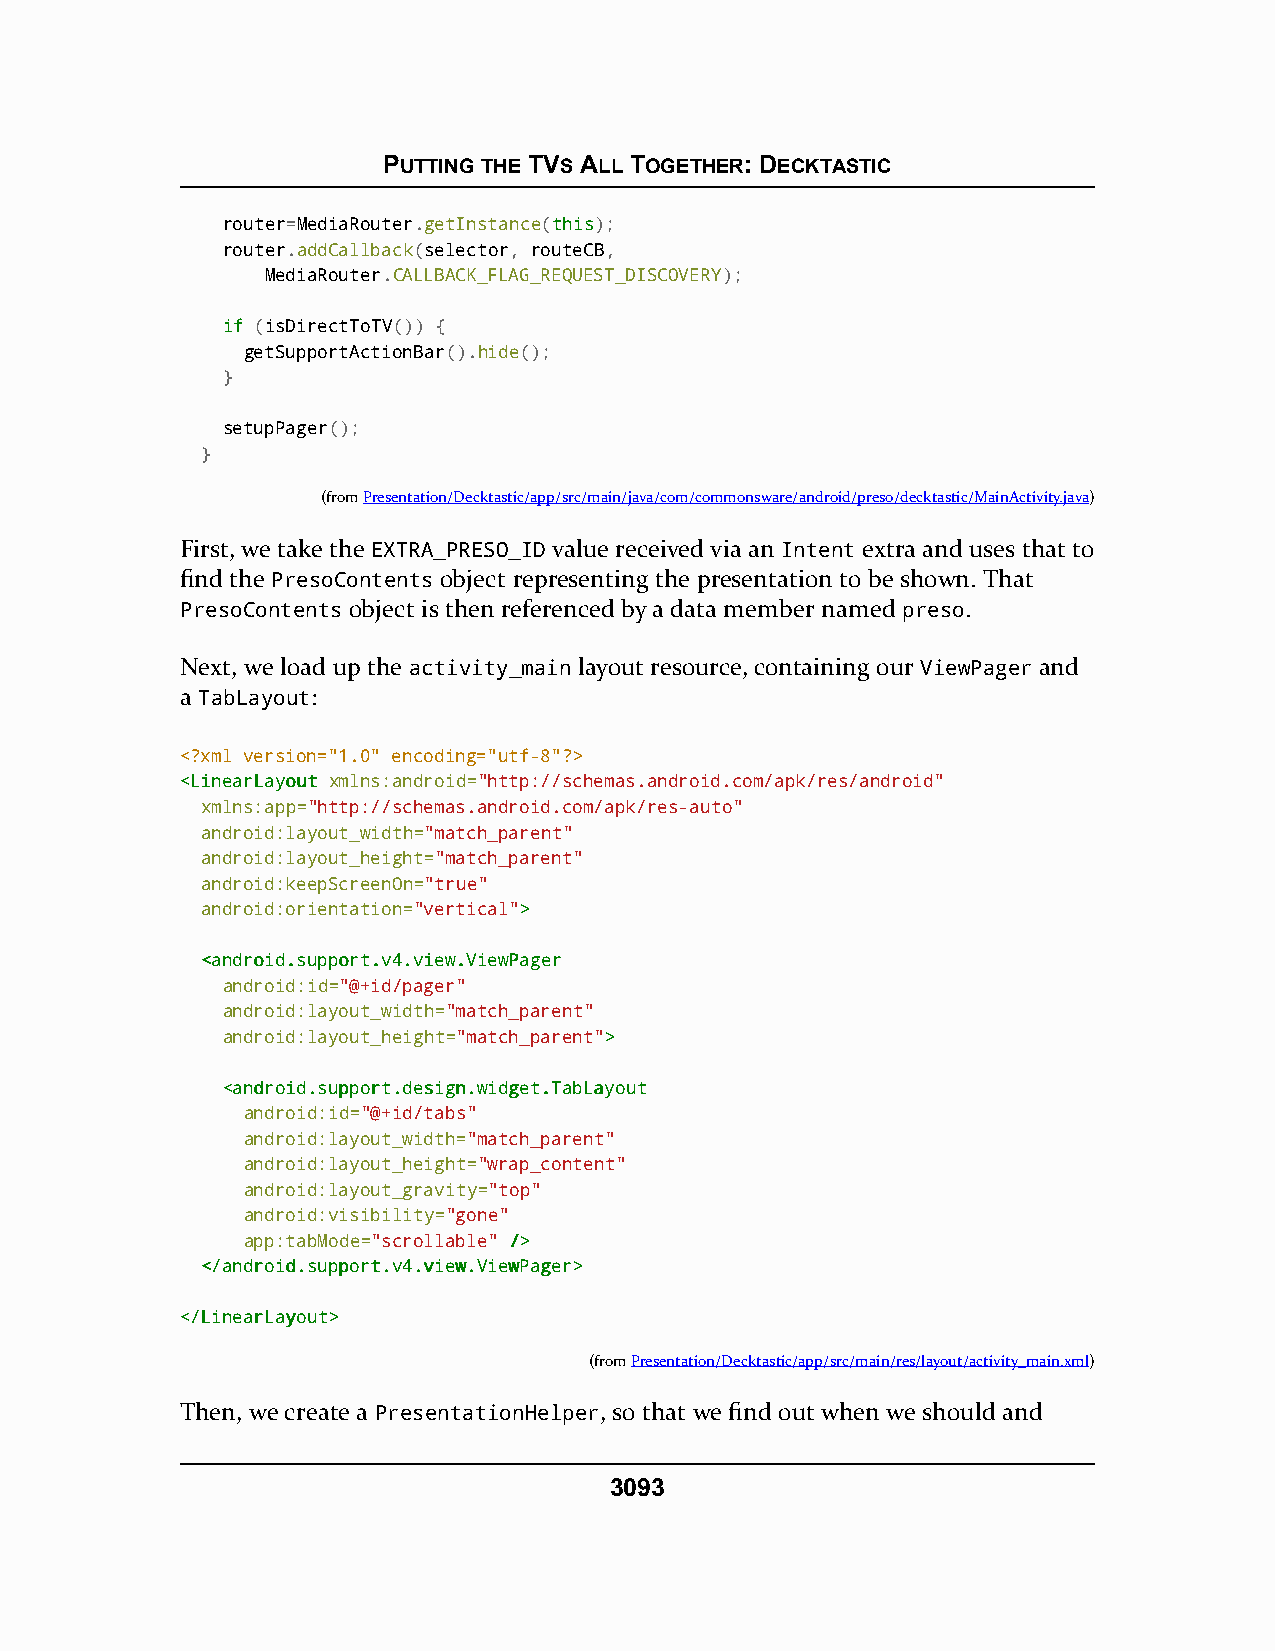
PUTTING THE TVS ALL TOGETHER: DECKTASTIC
 router=MediaRouter.getInstance(tthhiiss);
 router.addCallback(selector, routeCB,
 MediaRouter.CALLBACK_FLAG_REQUEST_DISCOVERY);
 iiff (isDirectToTV()) {
 getSupportActionBar().hide();
 }
 setupPager();
 }
 (fromPresentation/Decktastic/app/src/main/java/com/commonsware/android/preso/decktastic/MainActivity.java)
 First, we take the EXTRA_PRESO_ID value received via an Intent extra and uses that to
 find the PresoContents object representing the presentation to be shown. That
 PresoContents object is then referenced by a data member named preso.
 Next, we load up the activity_main layout resource, containing our ViewPager and
 a TabLayout:
 <?xml version="1.0" encoding="utf-8"?>
 <<LLiinneeaarrLLaayyoouutt xmlns:android="http://schemas.android.com/apk/res/android"
 xmlns:app="http://schemas.android.com/apk/res-auto"
 android:layout_width="match_parent"
 android:layout_height="match_parent"
 android:keepScreenOn="true"
 android:orientation="vertical">>
 <<aannddrrooiidd..ssuuppppoorrtt..vv44..vviieeww..VViieewwPPaaggeerr
 android:id="@+id/pager"
 android:layout_width="match_parent"
 android:layout_height="match_parent">>
 <<aannddrrooiidd..ssuuppppoorrtt..ddeessiiggnn..wwiiddggeett..TTaabbLLaayyoouutt
 android:id="@+id/tabs"
 android:layout_width="match_parent"
 android:layout_height="wrap_content"
 android:layout_gravity="top"
 android:visibility="gone"
 app:tabMode="scrollable" //>>
 <<//aannddrrooiidd..ssuuppppoorrtt..vv44..vviieeww..VViieewwPPaaggeerr>>
 <<//LLiinneeaarrLLaayyoouutt>>
 (fromPresentation/Decktastic/app/src/main/res/layout/activity_main.xml)
 Then, we create a PresentationHelper, so that we find out when we should and
 3093